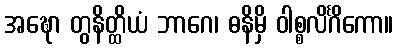
အဍ္ဎော တွနိတ္ထိယံ ဘာဂေ၊ ဓနိမှိ ဝါစ္စလိင်္ဂိကော။